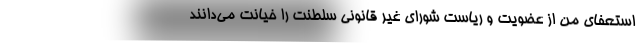
استعفای من از عضویت و ریاست شورای غیر قانونی سلطنت را خیانت می‌دانند